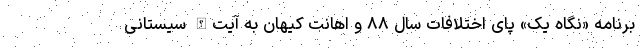
برنامه «نگاه یک» پای اختلافات سال ۸۸ و اهانت کیهان به آیت‌الله سیستانی